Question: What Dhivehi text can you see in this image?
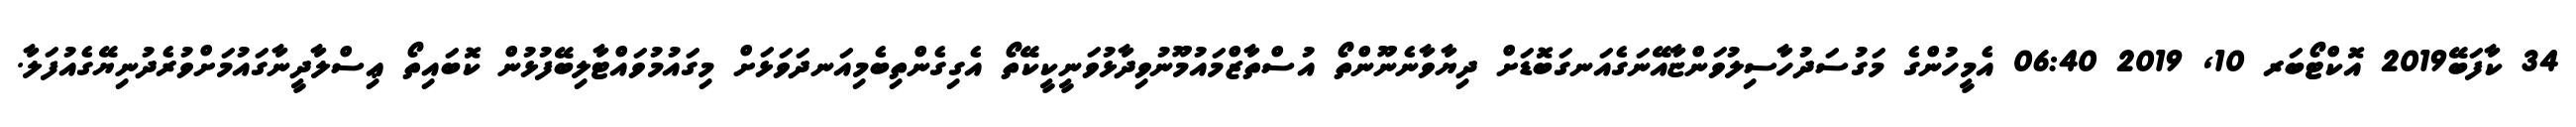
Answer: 34 ކާފަބޭ2019 އޮކްޓޯބަރ 10, 2019 06:40 އެމީހުންގެ މަގުސަދުހާސިލުވަންޏާއޭނަގެއަނގަބޮޑަށް ދިޔާވާނެނޫންތޯ އުސްތާޒްމައުމޫނުވިދާޅުވަނީކީކޭތޯ އެގިގެންތިބެމިއަނދަވަޅަށް މިގައުމުވައްޓާލިބޭފުޅުން ކޮބައިތޯ ޢިސްލާދީނާގައުމަށްވުރެދުނިޔޭގެއުފަލާ.